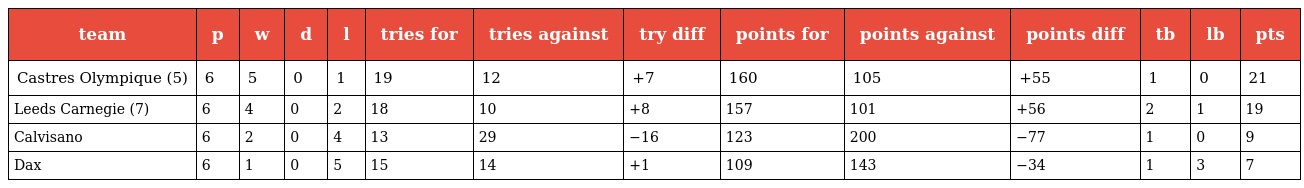
| team | p | w | d | l | tries for | tries against | try diff | points for | points against | points diff | tb | lb | pts |
 | --- | --- | --- | --- | --- | --- | --- | --- | --- | --- | --- | --- | --- | --- |
 | Castres Olympique (5) | 6 | 5 | 0 | 1 | 19 | 12 | +7 | 160 | 105 | +55 | 1 | 0 | 21 |
 | Leeds Carnegie (7) | 6 | 4 | 0 | 2 | 18 | 10 | +8 | 157 | 101 | +56 | 2 | 1 | 19 |
 | Calvisano | 6 | 2 | 0 | 4 | 13 | 29 | −16 | 123 | 200 | −77 | 1 | 0 | 9 |
 | Dax | 6 | 1 | 0 | 5 | 15 | 14 | +1 | 109 | 143 | −34 | 1 | 3 | 7 |